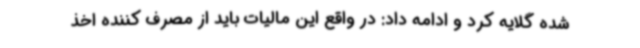
شده گلایه کرد و ادامه داد: در واقع این مالیات باید از مصرف کننده اخذ